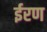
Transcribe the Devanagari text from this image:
ईरण